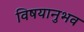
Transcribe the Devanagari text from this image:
विषयानुभव